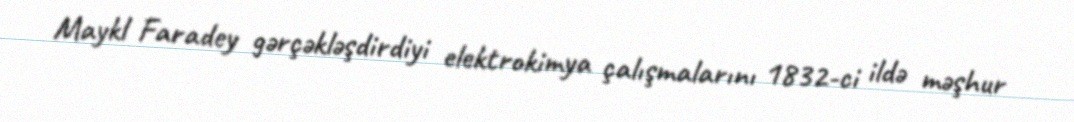
Maykl Faradey gərçəkləşdirdiyi elektrokimya çalışmalarını 1832-ci ildə məşhur